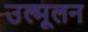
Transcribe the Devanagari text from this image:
उल्मूलन